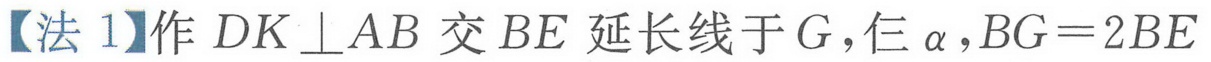
【法 1】作 \(DK\perp AB\) 交 \(BE\) 延长线于 \(G\)，  ，\(BG = 2BE\)（图中“仨 \(\alpha\)”疑似有误，按识别呈现）